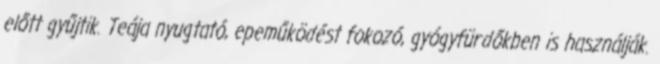
előtt gyűjtik. Teája nyugtató, epeműködést fokozó, gyógyfürdőkben is használják.